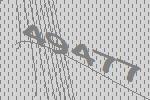
49477